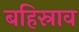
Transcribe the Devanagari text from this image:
बहिस्राव